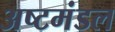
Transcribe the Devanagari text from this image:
अष्टमंडल